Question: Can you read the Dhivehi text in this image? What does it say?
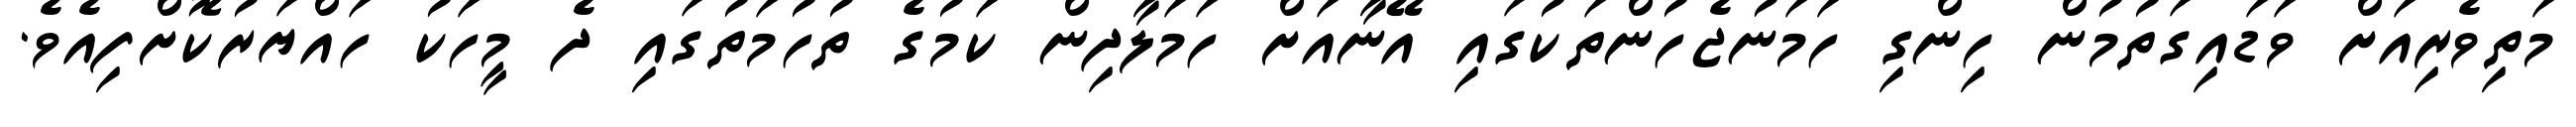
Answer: މަތިވެރިއަށް ވަޑައިގަތުމުން ހިންގި ހަމަނުޖެހުންތަކުގައި އޭނާއަށް ހަމަލާދިން ކަމުގެ ތުހުމަތުގައި ދެ މީހަކު ހައްޔަރުކޮށްފިއެވެ.